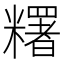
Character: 糬